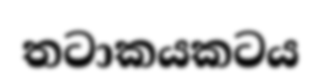
තටාකයකටය